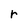
Character: r